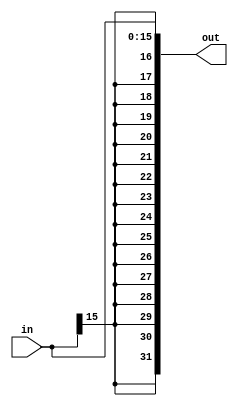
`timescale 1ns / 1ps

module sign_ext(out, in);
    parameter word = 32;
    parameter half_word = 16;
    
    input [half_word - 1:0] in;
    output [word - 1:0] out;
    
    assign out = {{half_word{in[half_word-1]}}, in};
endmodule